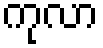
ကုလာ